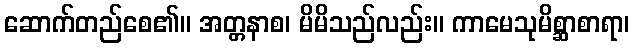
ဆောက်တည်စေ၏။ အတ္တနာစ၊ မိမိသည်လည်း။ ကာမေသုမိစ္ဆာစာရာ၊